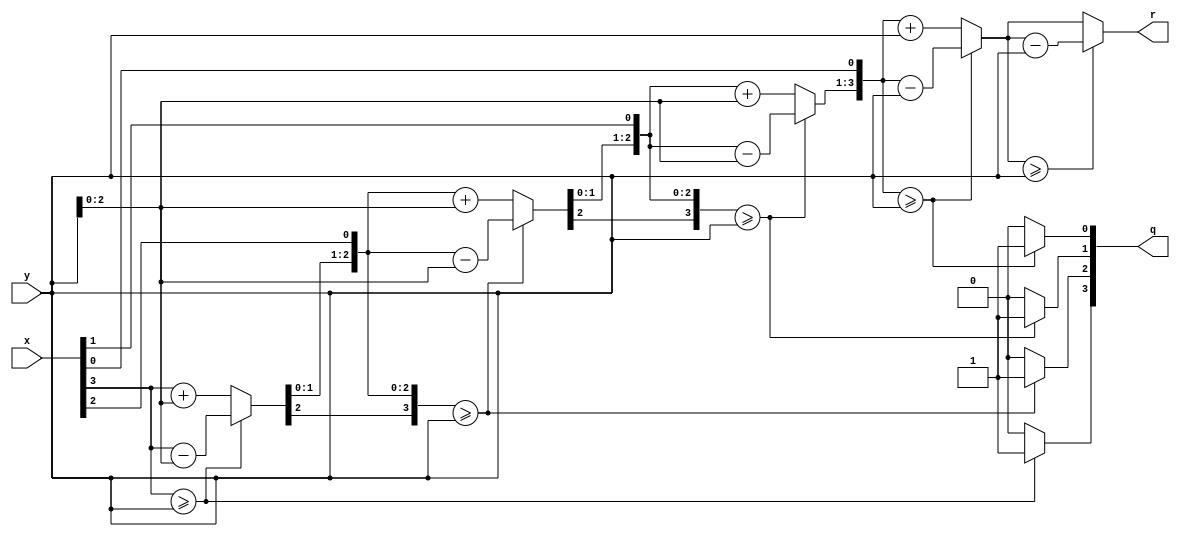
//Verilog code designed by Pavan V L
//Non Restoring Algorithm based Divider
module div(x,y,q,r);
input [3:0] x,y;  
output reg [3:0] q,r;
reg [7:0]a ;    
reg [3:0] m;    
reg [4:0] i;    

always @(*) begin
a = {4'b0, x};  
m = y;          
q = 4'b0;       

for (i = 0; i < 4; i = i + 1) begin
    a = {a[6:0], q[3]}; 
    if (a[7:4] >= m) begin
        a[7:4] = a[7:4] - m; 
        q = {q[2:0], 1'b1};  
    end 
	else begin
         a[7:4] = a[7:4] + m; 
         q = {q[2:0], 1'b0}; 
    end
end

if (a[7:4] >= m) begin
    a[7:4] = a[7:4] - m;
end
r = a[7:4];
end
endmodule